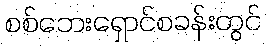
စစ်ဘေးရှောင်စခန်းတွင်